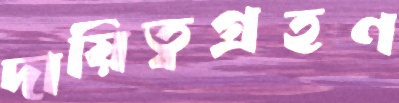
দায়িত্বগ্রহণ